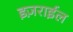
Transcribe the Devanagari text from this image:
इज़राईल